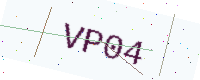
Text: VP04